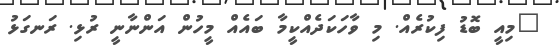
"މިއީ ބޮޑު ފިކުރެއް. މި ވާހަކަދެއްކީމާ ބައެއް މީހުން އަންނާނީ ރުޅި. ރަނގަޅު